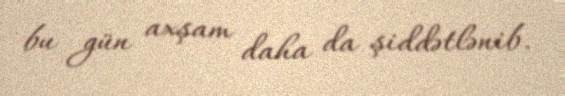
bu gün axşam daha da şiddətlənib.